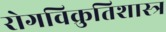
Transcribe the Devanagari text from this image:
रोगविक्रुतिशास्त्र